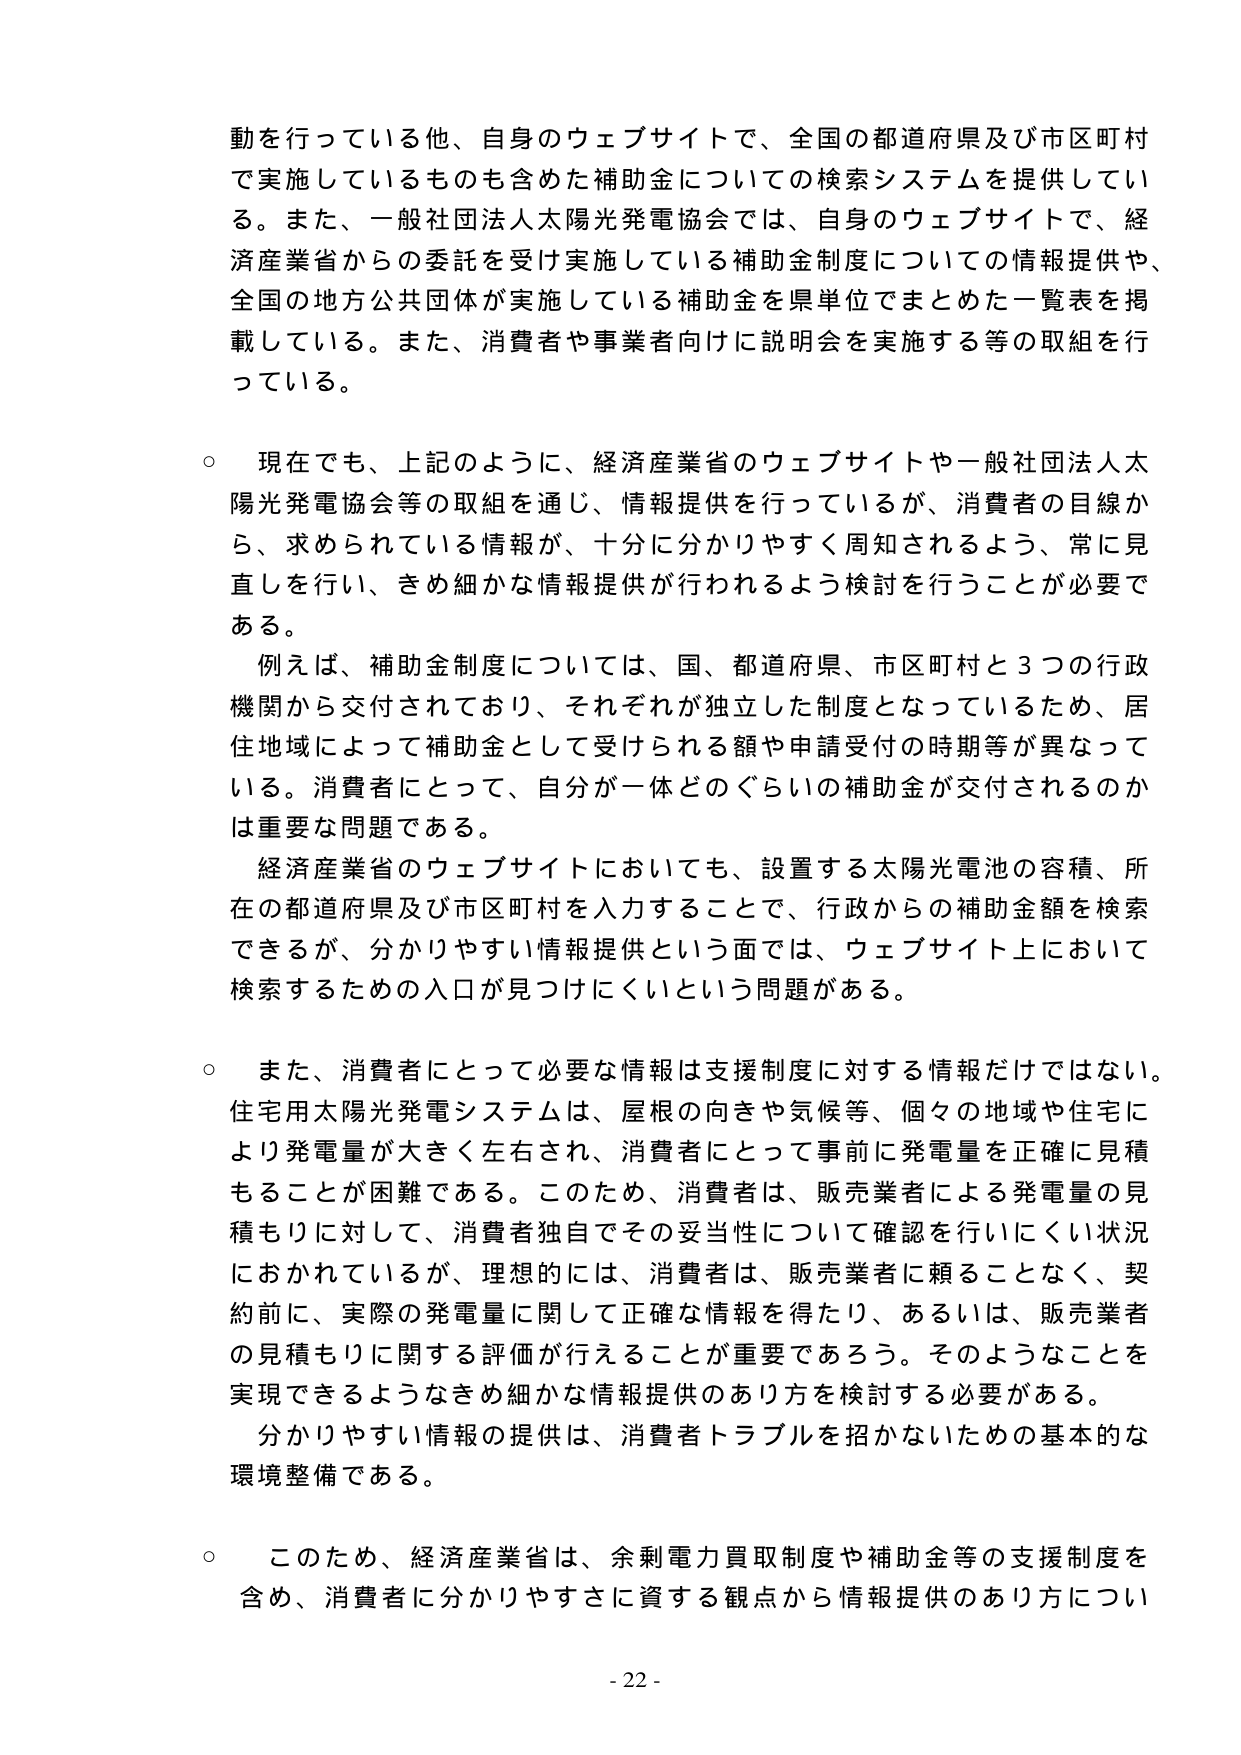
動を行っている他、自身のウェブサイトで、全国の都道府県及び市区町村で実施しているものも含めた補助金についての検索システムを提供している。また、一般社団法人太陽光発電協会では、自身のウェブサイトで、経済産業省からの委託を受け実施している補助金制度についての情報提供や、全国の地方公共団体が実施している補助金を県単位でまとめた一覧表を掲載している。また、消費者や事業者向けに説明会を実施する等の取組を行っている。

○ 現在でも、上記のように、経済産業省のウェブサイトや一般社団法人太陽光発電協会等の取組を通じ、情報提供を行っているが、消費者の目線から、求められている情報が、十分に分かりやすく周知されるよう、常に見直しを行い、きめ細かな情報提供が行われるよう検討を行うことが必要である。

　例えば、補助金制度については、国、都道府県、市区町村と3つの行政機関から交付されており、それぞれが独立した制度となっているため、居住地域によって補助金として受けられる額や申請受付の時期等が異なっている。消費者にとって、自分が一体どのぐらいの補助金が交付されるのかは重要な問題である。

　経済産業省のウェブサイトにおいても、設置する太陽光電池の容積、所在の都道府県及び市区町村を入力することで、行政からの補助金額を検索できるが、分かりやすい情報提供という面では、ウェブサイト上において検索するための入口が見つけにくいという問題がある。

○ また、消費者にとって必要な情報は支援制度に対する情報だけではない。住宅用太陽光発電システムは、屋根の向きや気候等、個々の地域や住宅により発電量が大きく左右され、消費者にとって事前に発電量を正確に見積もることが困難である。このため、消費者は、販売業者による発電量の見積もりに対して、消費者独自でその妥当性について確認を行いにくい状況におかれていているが、理想的には、消費者は、販売業者に頼ることなく、契約前に、実際の発電量に関して正確な情報を得たり、あるいは、販売業者の見積もりに関する評価が行えることが重要であろう。そのようなことを実現できるようなきめ細かな情報提供のあり方を検討する必要がある。

　分かりやすい情報の提供は、消費者トラブルを招かないための基本的な環境整備である。

○ このため、経済産業省は、余剰電力買取制度や補助金等の支援制度を含め、消費者に分かりやすさに資する観点から情報提供のあり方につい

- 22 -